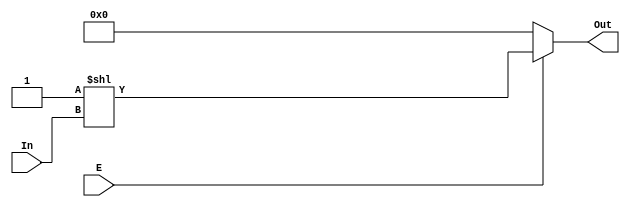
module decoder_2_4(E , In , Out);

    input E;    //Enable
    input [1:0] In;    //input(2bits)
    output [3:0] Out;   //output(4bits)
    wire [3:0] Out;    //4bitssu

    assign Out = E ? 1'b1 << In : 4'h0;    //E1X1GiInA0X0

endmodule

module decoder_3_8(E , In , Out);

    input E;    //enable
    input [2:0] In;    //input(3bits)
    output [7:0] Out;    //output(8bits)
    wire E1, G1 , G2;    //iTKXPuE1(E1=E')
                         //@@G|X1PuG1
                         //@@G|X2PuG2
    
    not u1(E1, In[2]);    //E1=PuE1PJIn[2]zLNOThs
    and a1(G1, E, In[2]);    //G1=PuEPJIn[2]zLANDhs
    and a2(G2, E, E1);    //G2=PuEPJE1zLANDhs
    decoder_2_4 block2(G1 , In[1 : 0] , Out[3 : 0]);    ////Out[3:0]=G1In[0:1]Jdecoder_2_4
    decoder_2_4 block1(G2 , In[1 : 0] , Out[7 : 4]);    //Out[7:4]=G2In[0:1]Jdecoder_2_4
    

endmodule